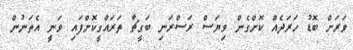
ވަރަށް ބޮޑު ހަރަދެއް ކޮށްގެން ވިޔަސް ރަސްރަނި ބަގީޗާ ތަރައްގީކޮށްފައި ވަނީ އެތަނުން